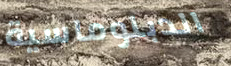
الدبلوماسية